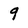
Character: 9